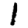
Digit: 1